Reports on military cantonments and civil stations in the Presidency of Bombay inspected by the Sanitary Commissioner in the years 1875 and 1876
Year: 1875
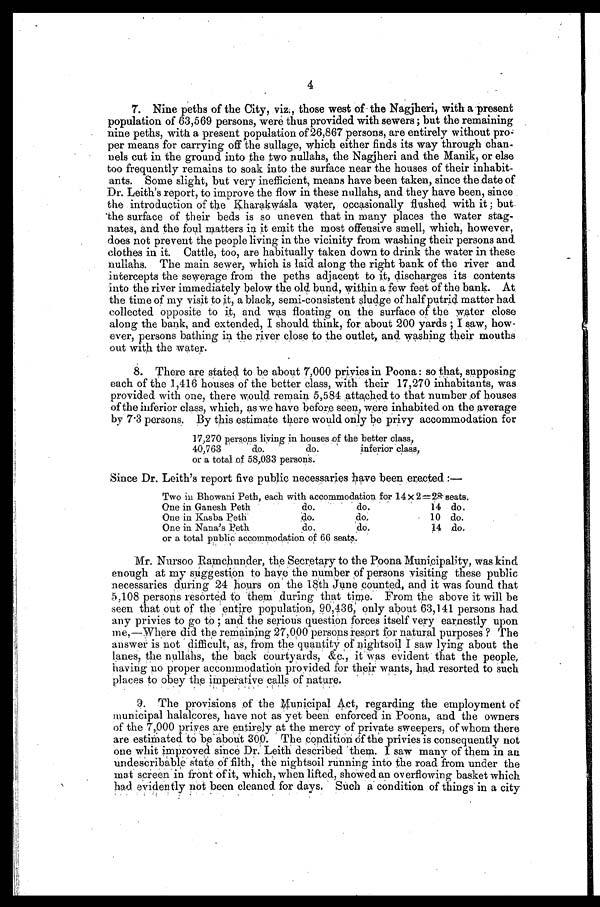
4
7. Nine peths of the City, viz:, those west of the Nagjheri, with a present
population of 63,569 persons, were thus provided with sewers; but the remaining
nine peths, with a present population of 26,867 persons, are entirely without pro
-per means for carrying off the sullage, which either finds its way through chan
-nels cut in the ground into the two nullahs, the Nagjheri and the Manik, or else
too frequently remains to soak into the surface near the houses of their inhabit
-ants. Some slight, but very inefficient, means have been taken, since the date of
Dr. Leith's report, to improve the flow in these nullahs, and they have been, since
the introduction of the Kharakwásla water, occasionally flushed with it; but
the surface of their beds is so uneven that in many places the water stag
-nates, and the foul matters in it emit the most offensive smell, which, however,
does not prevent the people living in the vicinity from washing their persons and
clothes in it. Cattle, too, are habitually taken down to drink the water in these
nullahs. The main sewer, which is laid. along the right bank of the river an
d intercepts the sewerage from the peths adjacent to it, discharges its contents
into the river immediately below the old bond, within a few feet of the bank. At
the time of my visit to it, a black, semi-consistent sludge of half putrid matter had
collected opposite to it, and was floating on the surface of the water close
along the bank, and extended, I should think, for about 200 yards ; I saw, how
-ever, persons bathing in the river close to the outlet, and washing their mouths
out with the water.
8. There are stated to be about 7,000 privies in Poona: so that, supposing
each of the 1,416 houses of the better class, with their 17,270 inhabitants, was
provided with one, there would remain 5,584 attached to that number of houses
of the inferior class, which, as we have before seen, were inhabited on the average
by 7.3 persons. By this estimate there would only be privy accommodation for
1 7 , 2 7 0 p e r s o n s l i v i n g i n h o u s e s o f t h e b e t t e r c l a s s ,
40,763 do.
do. inferior 'class,
or a total of 58,033 person's.
Since Dr. Leith's report five public necessaries have been erected:—
Two in Bhowani Peth, each with accommodation for 14 x 2=28 seats.
One in Ganesh Peth do do 14 do.
One in Kasba Peth do. do. 10 do.
One in Nana's Peth
do. do. 14 do
or a total public accommodation of 60 seats.
Mr. Nursoo Ramchunder, the Secretary to the Poona Municipality, was kind
enough at my suggestion to have the number of persons visiting these public
necessaries during 24 hours on the 18th June counted, and it was found that
5,108 persons resorted to them during that time. From the above it will be
seen that out of the 'entire population, 90,436; only about 63,141 persons had
any privies to go to and the serious question forces itself very earnestly upon
me,—Where did the remaining 27,090 persons resort for natural purposes? The
answer is not difficult, as, from the quantity of nightsoil I saw lying about the
lanes, the nullahs, the back courtyards, &c., it was evident that the people,
having no proper accommodation provided for their wants, had resorted to such
places to obey the imperative calls of nature.
9. The provisions of the Municipal Act, regarding the employment of
municipal halalcores, have not as yet been enforced in Poona, and the owners
of the 7,000 prives are entirely at the mercy of private sweepers, of whom there
are estimated to be about 300. The condition of the privies is consequently not
one whit improved since Dr. Leith described them. I saw many of them in an
u n d e s c r i b a b l e
. s t a t e o f f i l t h , t h e n i g h t s o i l r u n n i n g i n t o t h e r o a d f r o m u n d e r t h e
mat screen in front of it, which, when lifted, showed an overflowing basket which
had evidently not been cleaned for days. Such a. condition of things in a city